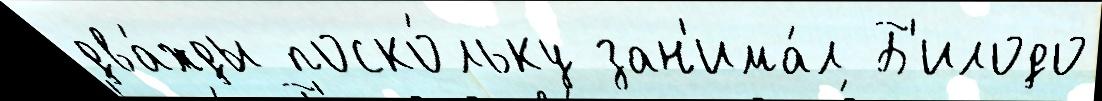
два́жды поско́льку зан'има́л Б'илодо